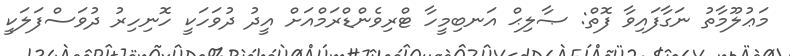
މަޢުލޫމާތު ނަގާފައިވާ ފޮތް: ޞާލިޙް އަނބިމީހާ ޓްރިވެންޑްރަމްއަށް އީދު ދުވަހަކީ ހޮނިހިރު ދުވަސްފަލަކީ